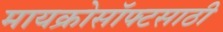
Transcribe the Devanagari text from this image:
मायक्रोसॉफ्टसाठी